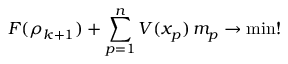
F ( \rho _ { k + 1 } ) + \sum _ { p = 1 } ^ { n } V ( x _ { p } ) \, m _ { p } \to \operatorname* { m i n } !